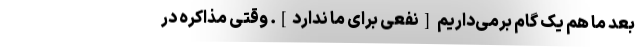
بعد ما هم یک گام برمی‌داریم [نفعی برای ما ندارد]. وقتی مذاکره در